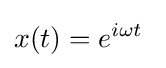
x(t)=e^{i\omega t}\